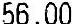
56.00